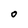
Character: O